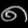
Digit: ၈